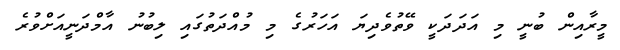
މީރާއިން ބުނީ މި އަދަދަކީ ވޭތުވެދިޔަ އަހަރުގެ މި މުއްދަތުގައި ލިބުނު އާމްދަނީއަށްވުރެ